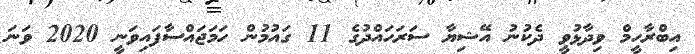
އިބްރާހީމް ވިދާޅުވީ ދެކުނު އޭޝިޔާ ސަރަހައްދުގެ 11 ގައުމުން ހަމަޖައްސާފައިވަނީ 2020 ވަނަ